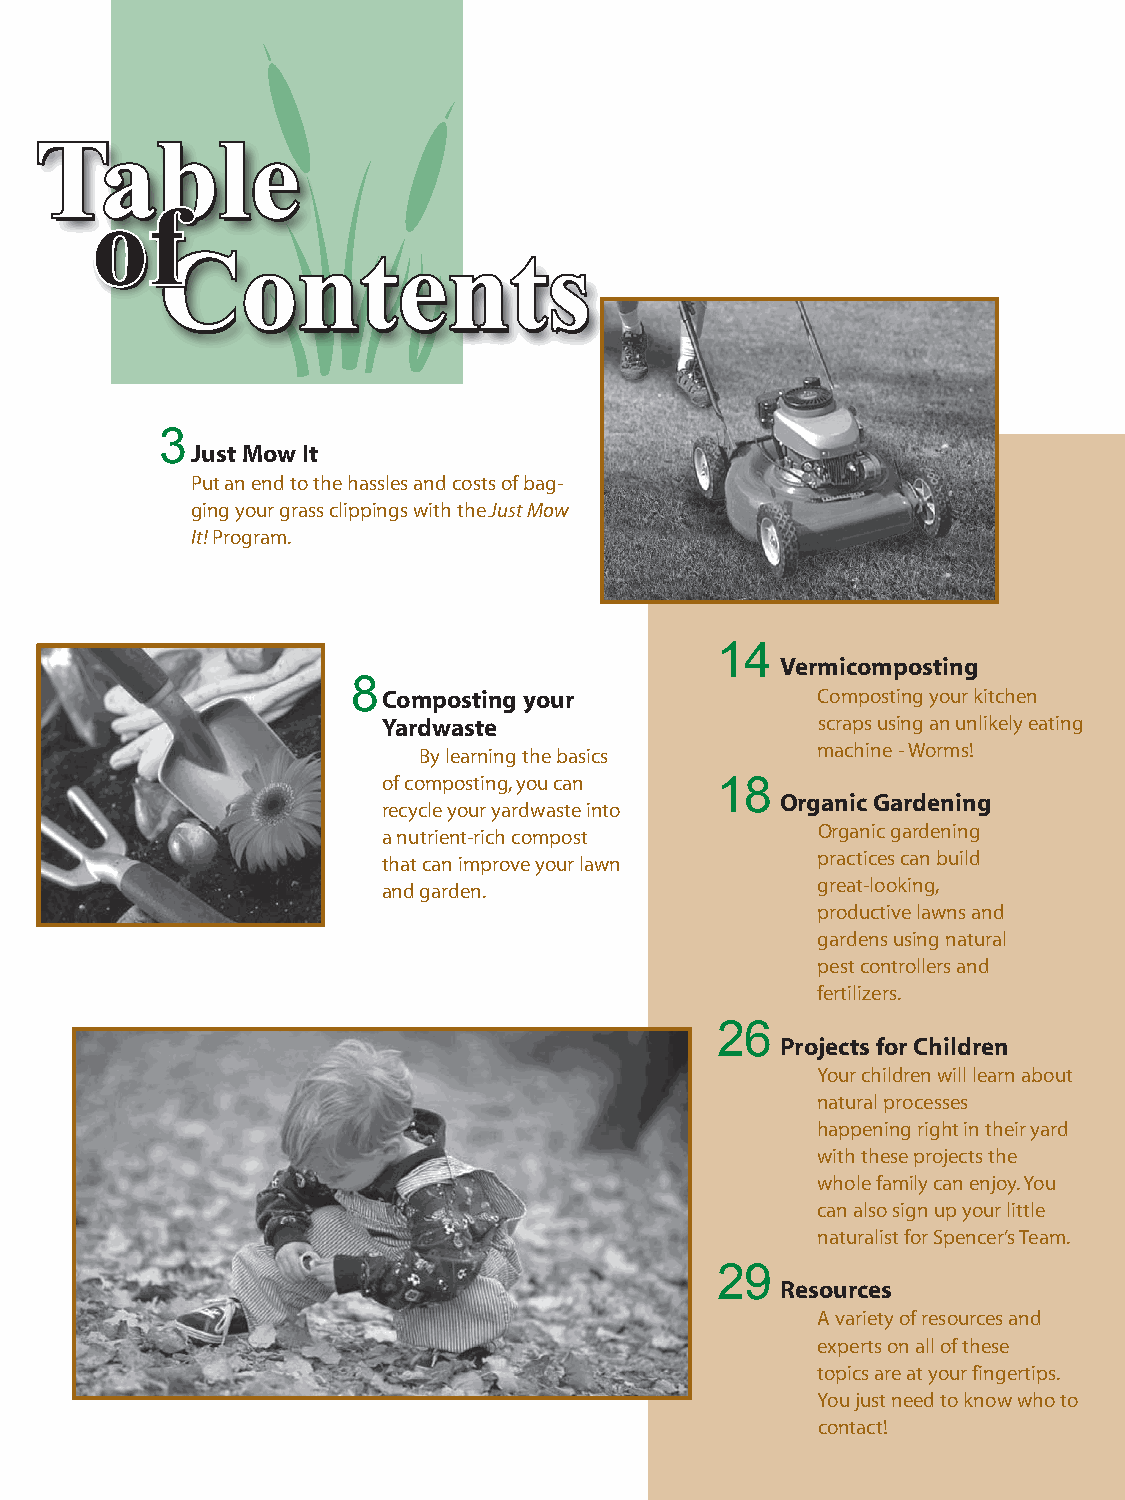
TTaabbllee
 ooofff
 CCoonntteennttss
 3
 Just Mow It
 Put an end to the hassles and costs of bag-
 ging your grass clippings with the Just Mow
 It! Program.
 14
 Vermicomposting
 8
 Composting your              Composting your kitchen
 Yardwaste                    scraps using an unlikely eating
 By learning the basics    machine - Worms!
 of composting, you can 18
 Organic Gardening
 recycle your yardwaste into
 a nutrient-rich compost      Organic gardening
 that can improve your lawn   practices can build
 and garden.                  great-looking,
 productive lawns and
 gardens using natural
 pest controllers and
 fertilizers.
 26
 Projects for Children
 Your children will learn about
 natural processes
 happening right in their yard
 with these projects the
 whole family can enjoy. You
 can also sign up your little
 naturalist for Spencer’s Team.
 29
 Resources
 A variety of resources and
 experts on all of these
 topics are at your fingertips.
 You just need to know who to
 contact!